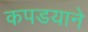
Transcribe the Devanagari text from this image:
कपडयाने